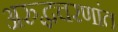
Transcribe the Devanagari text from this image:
अरुद्धचरणांत